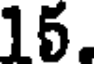
15.